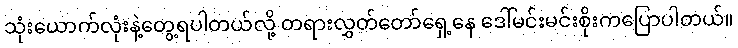
သုံးယောက်လုံးနဲ့တွေ့ရပါတယ်လို့ တရားလွှတ်တော်ရှေ့နေ ဒေါ်မင်းမင်းစိုးကပြောပါတယ်။